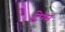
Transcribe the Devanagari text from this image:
ट्रिग्स